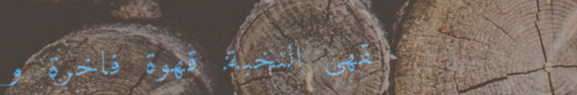
مقهى النخبة: قهوة فاخرة و